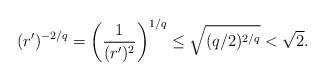
LaTeX: \begin{align*} (r')^{-2/q} = \left( \frac{1}{(r')^2} \right)^{1/q} \leq \sqrt{(q/2)^{2/q}} < \sqrt{2} . \end{align*}